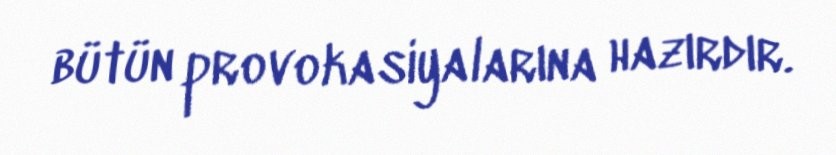
bütün provokasiyalarına hazırdır.